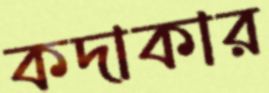
কদাকার